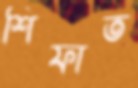
শিফাত